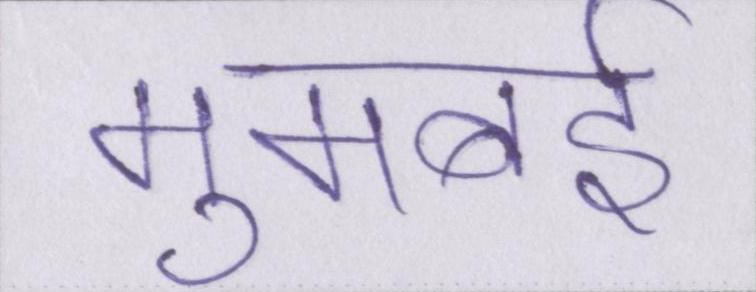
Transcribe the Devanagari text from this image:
मुमबई